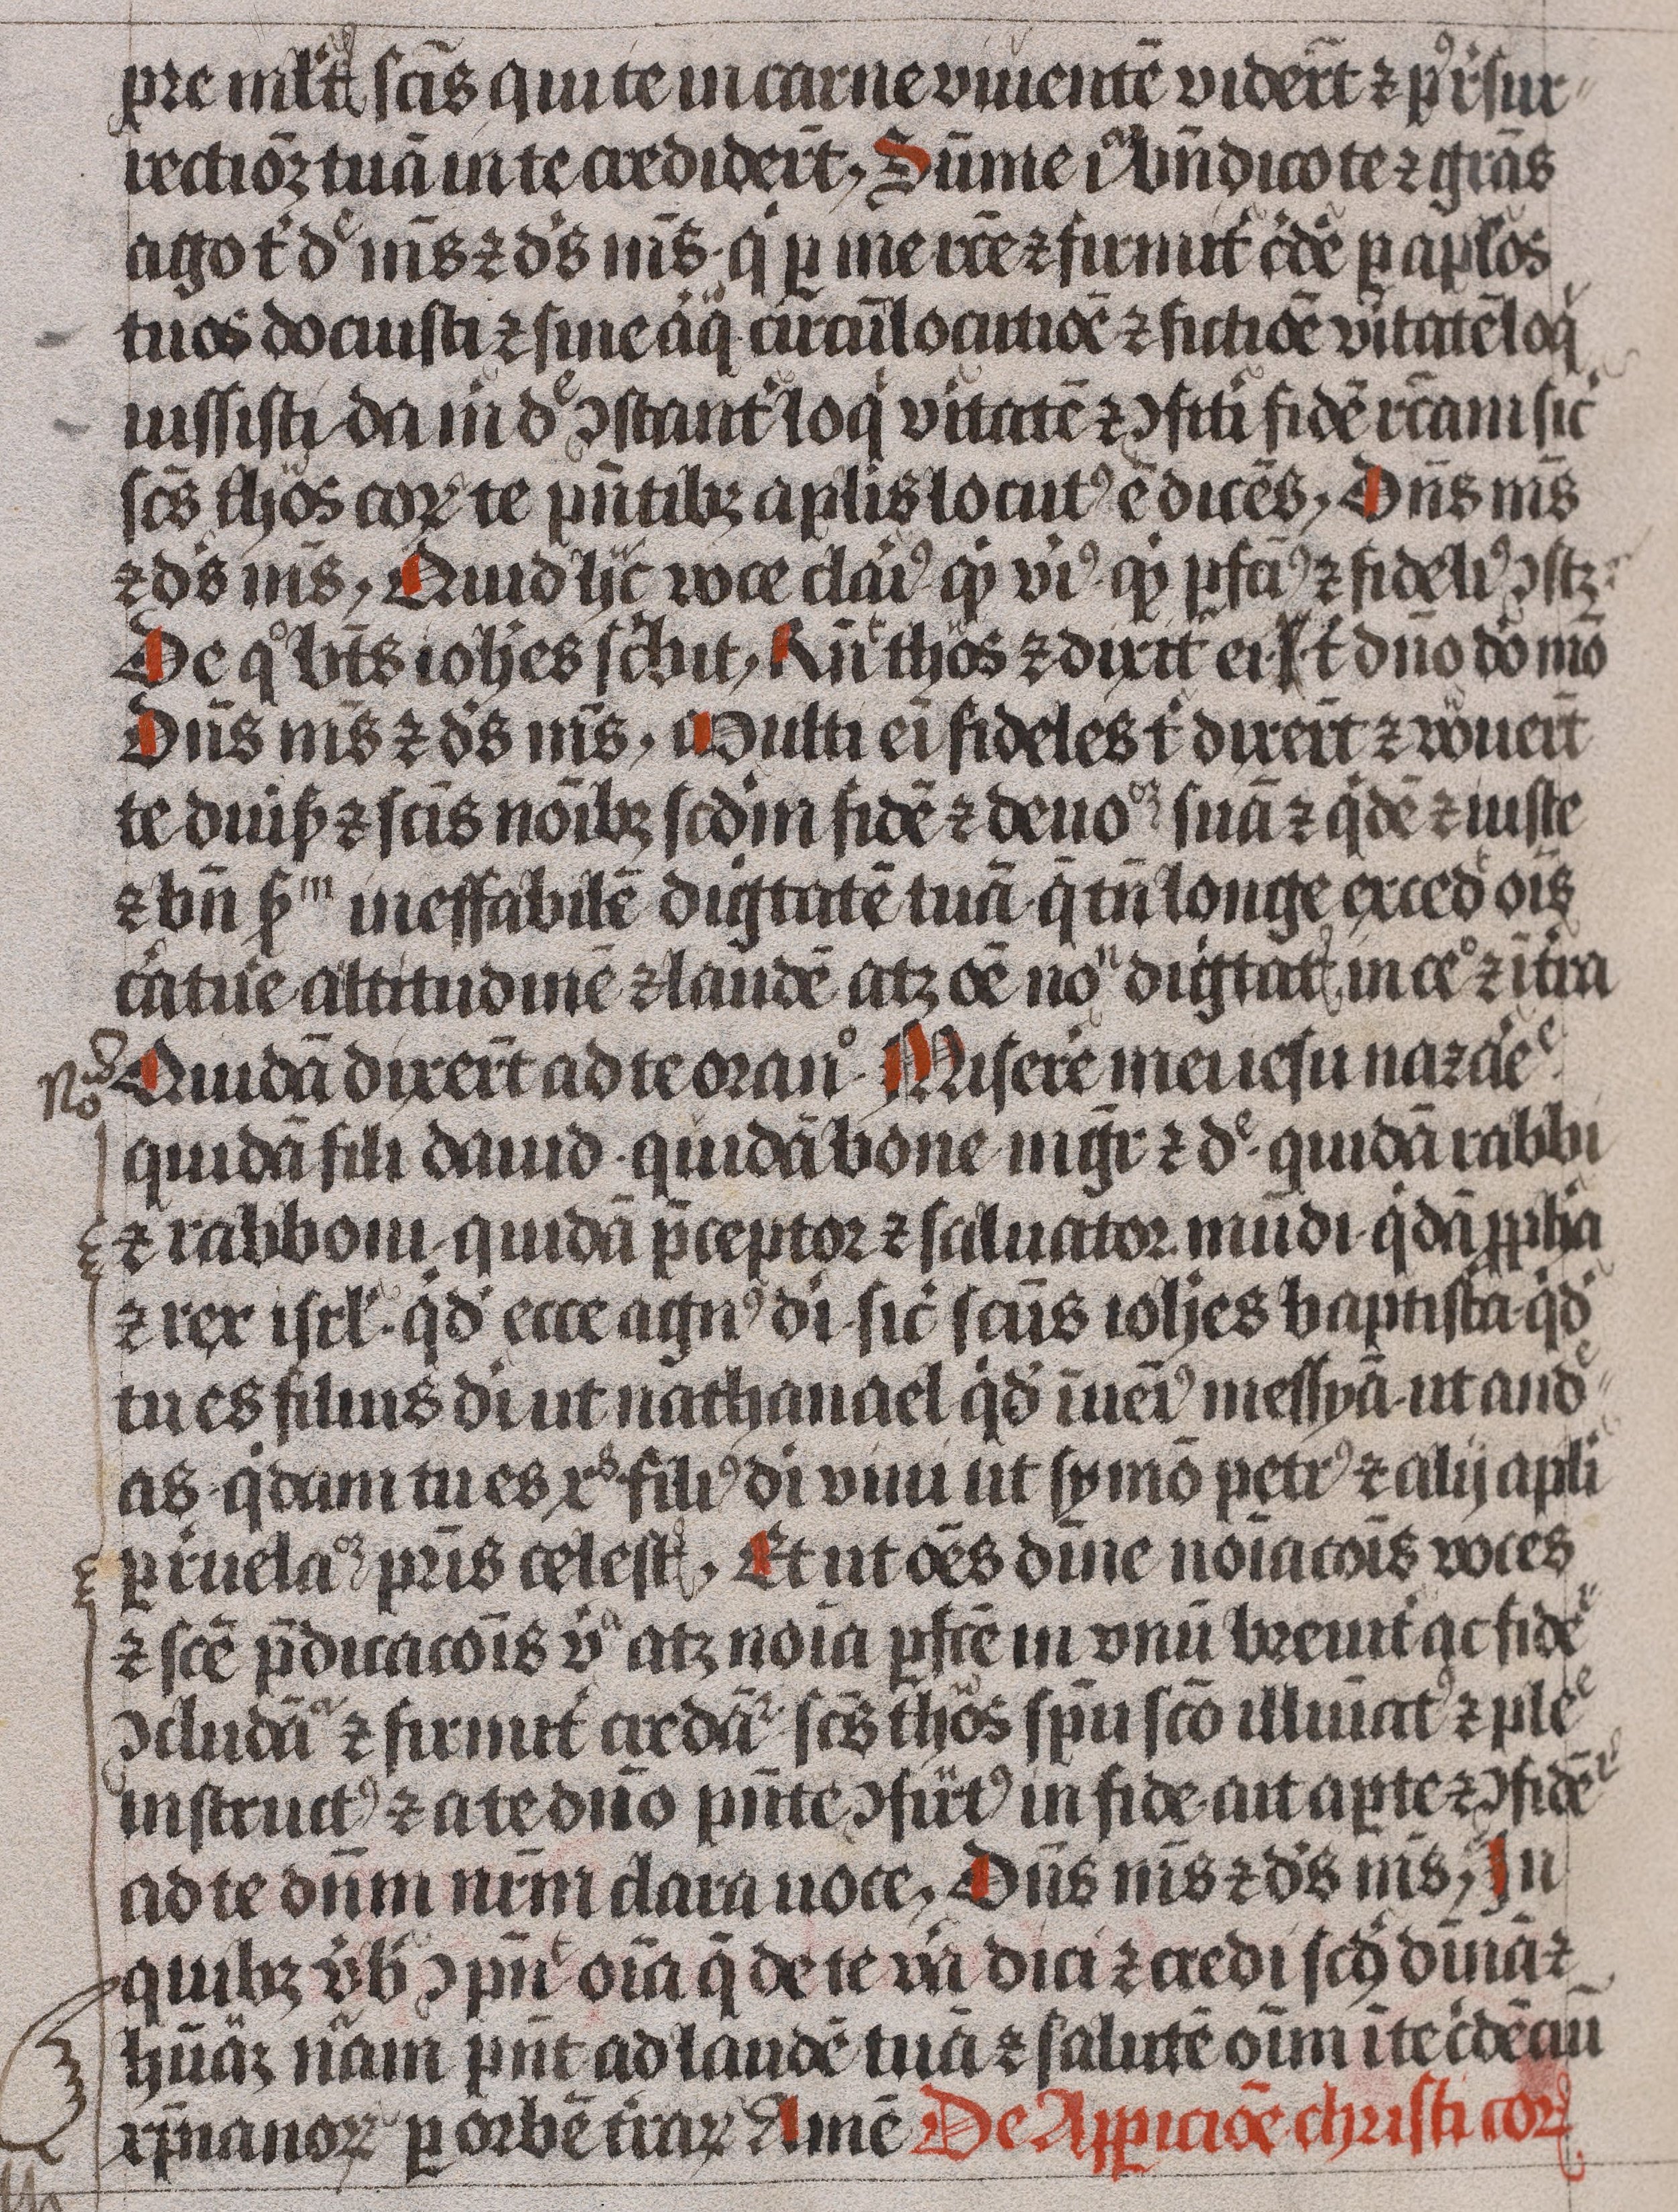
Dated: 1450–1499